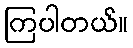
ကြပါတယ်။